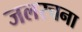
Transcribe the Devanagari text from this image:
जलरचना